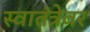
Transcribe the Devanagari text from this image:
स्वातंत्रेवर